Report of the Hyderabad Chloroform Commission
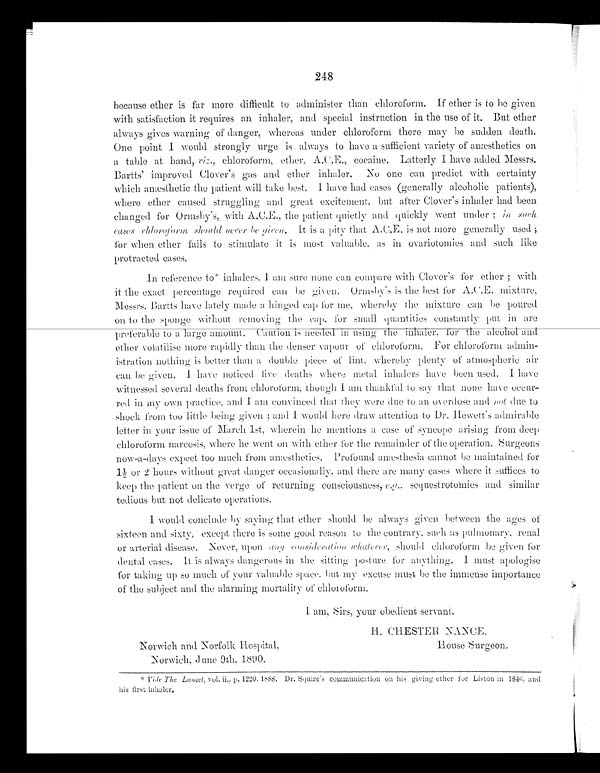
248
because ether is far more difficult to administer than chloroform. If ether is to be given
with satisfaction it requires an inhaler, and special instruction in the use of it. But ether
always gives warning of danger, whereas under chloroform there may be sudden death.
One point I would strongly urge is always to have a sufficient variety of anæsthetics on
a table at hand, viz., chloroform, ether, A.C.E. cocaine. Latterly I have added Messrs
.' Bartts' improved Clover's gas and ether inhaler. No one can predict with certainty
which anæsthetic the patient will take best. I have had cases (generally alcoholic patients),
where ether caused struggling and great excitement, but after Clover's inhaler had been
changed for Ormsby's, with A.C.E., the patient quietly and quickly went under; in
s u c h c a s e s c h l o r o f o r m s h o u l d n e v e r b e g i v e n . I ti
s a p i t y t h a t A . C . E . i s n o t m o r e g e n e r a l l y u s e d ;
for when ether fails to stimulate it is most valuable, as in ovariotomies and such like
protracted cases.
In reference to* inhalers. I am sure none can compare with Clover's for ether; with
it the exact percentage required can be given. Ormsby's is the best for A.C.E., mixture,
Messrs. Bartts have lately made a hinged cap for me, whereby the mixture can be poured
on to the sponge without removing the cap, for small quantities constantly put in are
preferable to a large amount. Caution is needed in using the inhaler, for the alcohol and
ether volatilise more rapidly than the denser vapour of chloroform. For chloroform
a d m i n - i s t r a t i o n n o t h i n g i s b e t t e r t h a n a d o u b l e p i e c e o f l i n t , w h e r e b y p l e n t y o f a t m o s p h e r i c a i r
can be given. I have noticed live deaths where metal inhalers have been used. I have
witnessed several deaths from chloroform, though I am thankful to say that none have occur-
-red in my own practice, and I am convinced that they were due to an overdose and not due to
shock from too little being given; and I would here draw attention to Dr. Hewett's admirable
letter in your issue of March 1st, wherein he mentions a case of syncope arising from deep
chloroform narcosis, where he went on with ether for the remainder of the operation. Surgeons
now-a-days expect too much from anæsthetics. Profound anæsthesia cannot be maintained for
1 1 / 2 o r 2 h o u r s w i t h o u t g r e a t d a n g e r o c c a s i o n a l l y , a n d t h e r e a r e m a n y c a s e s w h e r e i t s u f f i c e s t o
keep the patient on the verge of returning consciousness, e.g., sequestrotomies and similar
tedious but not delicate operations.
I would conclude by saying that ether should be always given between the ages of
sixteen and sixty, except there is some good reason to the contrary, such as pulmonary. renal
or arterial disease. Never, uponc o n s i d e r a t i o n w h a t e v e r ,
s h o u l d c h l o r o f o r m b e g i v e n f o r
d e n t a l c a s e s . I t i s a l w a y s d a n g e r o u s i n t h e s i t t i n g p o s t u r e f o r a n y t h i n g . I m u s t a p o l o g i s e
for taking up so much of your valuable space, but my excuse must be the immense importance
of the subject and the alarming mortality of chloroform.
H. CHESTER NANCE,
Norwich and Norfolk Hospital,
House Surgeon.
Norwich, June 9th, 1890.
* Vide The Lancet, vol. ii. p. 1220. 1888. Dr, Squire's communication on his giving ether for Liston in 1846,
and his first inhaler.